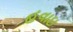
હવાઇ